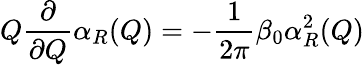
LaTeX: Q\frac{\partial}{\partial Q}\alpha_{R}(Q)=-\frac{1}{2\pi}\beta_{0}\alpha_{R}^{2}(Q)